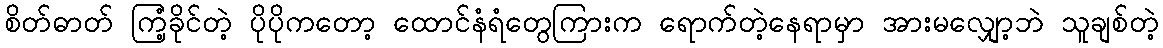
စိတ်ဓာတ် ကြံ့ခိုင်တဲ့ ပိုပိုကတော့ ထောင်နံရံတွေကြားက ရောက်တဲ့နေရာမှာ အားမလျှော့ဘဲ သူချစ်တဲ့